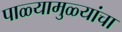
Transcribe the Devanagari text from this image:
पाळ्यामुळ्यांचा